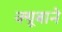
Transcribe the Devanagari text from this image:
क्यूबाने